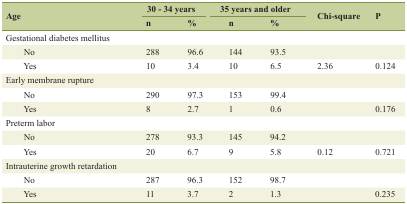
<table><thead><tr><td rowspan="2"><b>Age</b></td><td colspan="2"><b>30 - 34 years</b></td><td colspan="2"><b>35 years and older</b></td><td rowspan="2"><b>Chi-square</b></td><td rowspan="2"><b>P</b></td></tr><tr><td><b>n</b></td><td><b>%</b></td><td><b>n</b></td><td><b>%</b></td></tr></thead><tbody><tr><td>Gestational diabetes mellitus</td><td></td><td></td><td></td><td></td><td></td><td></td></tr><tr><td>No</td><td>288</td><td>96.6</td><td>144</td><td>93.5</td><td></td><td></td></tr><tr><td>Yes</td><td>10</td><td>3.4</td><td>10</td><td>6.5</td><td>2.36</td><td>0.124</td></tr><tr><td>Early membrane rupture</td><td></td><td></td><td></td><td></td><td></td><td></td></tr><tr><td>No</td><td>290</td><td>97.3</td><td>153</td><td>99.4</td><td></td><td></td></tr><tr><td>Yes</td><td>8</td><td>2.7</td><td>1</td><td>0.6</td><td></td><td>0.176</td></tr><tr><td>Preterm labor</td><td></td><td></td><td></td><td></td><td></td><td></td></tr><tr><td>No</td><td>278</td><td>93.3</td><td>145</td><td>94.2</td><td></td><td></td></tr><tr><td>Yes</td><td>20</td><td>6.7</td><td>9</td><td>5.8</td><td>0.12</td><td>0.721</td></tr><tr><td>Intrauterine growth retardation</td><td></td><td></td><td></td><td></td><td></td><td></td></tr><tr><td>No</td><td>287</td><td>96.3</td><td>152</td><td>98.7</td><td></td><td></td></tr><tr><td>Yes</td><td>11</td><td>3.7</td><td>2</td><td>1.3</td><td></td><td>0.235</td></tr></tbody></table>